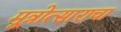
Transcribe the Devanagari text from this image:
मूत्रोत्साराचा